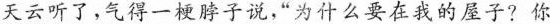
天云听了，气得一梗脖子说，“为什么要在我的屋子?你